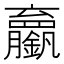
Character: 𬬘